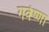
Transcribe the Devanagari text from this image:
गवेष्णा